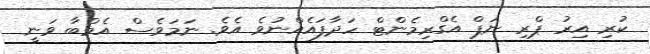
ކުރި އިރު ޕްރި ނަޕް އެގްރިމެންޓް ހަދާފައެއްނުވެ އެވެ. ނަމަވެސް އެމްބާ ވަނީ